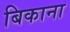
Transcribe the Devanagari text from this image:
बिकाना